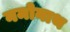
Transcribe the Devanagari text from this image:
नमोनाथ